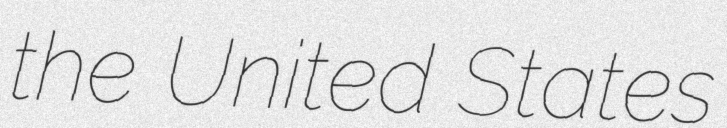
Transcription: the United States